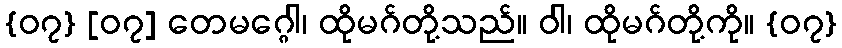
{၀၇} [၀၇] တေမဂ္ဂေါ၊ ထိုမဂ်တို့သည်။ ဝါ၊ ထိုမဂ်တို့ကို။ {၀၇}